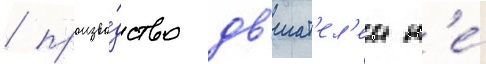
/ произво́дство дв'игат'ел'еи н'е́